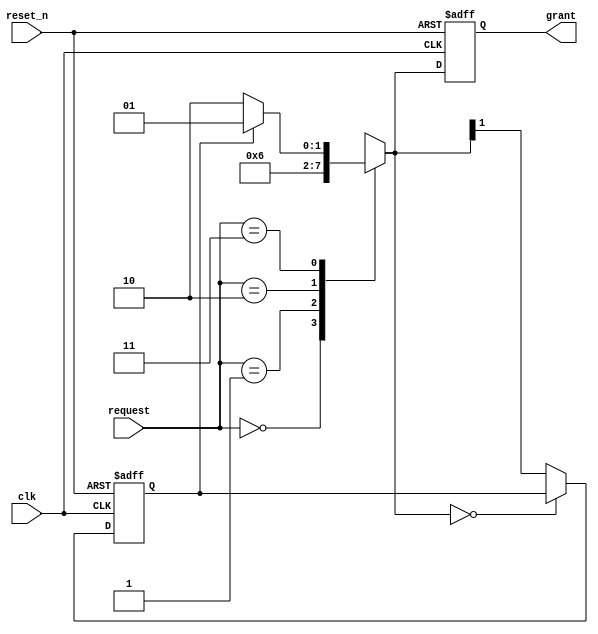
module rrab (
    output reg [1:0] grant,
    input [1:0] request,
    input clk,
    input reset_n
);
    parameter S0 = 2'b00;
    parameter S1 = 2'b01;
    parameter S2 = 2'b10;
    parameter S3 = 2'b11;
    
    
    reg [1:0] grant_i;
    reg last_winner, winner;

    always @(posedge clk or negedge reset_n) begin
        if (!reset_n) begin
            last_winner <= 1'b0;
            grant       <= S0;
        end else begin
            last_winner <= winner;
            grant       <= grant_i;
        end
    end

    always @(*) begin
        case(request) 
            S0: begin
                grant_i = S0;
            end
            S1: begin
                grant_i = S1;
            end
            S2: begin
                grant_i = S2;
            end
            S3: begin
                if (last_winner == 1'b0) begin
                    grant_i = S2;
                end else begin
                    grant_i = S1;
                end
            end
        endcase
    end

    always @(*) begin
        if (grant_i == S0) begin
            winner = last_winner;
        end else begin
            winner = grant_i[1];
        end
    end
endmodule